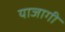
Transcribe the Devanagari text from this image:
याजागी